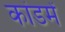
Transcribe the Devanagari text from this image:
कांडमें